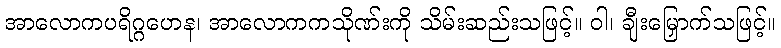
အာလောကပရိဂ္ဂဟေန၊ အာလောကကသိုဏ်းကို သိမ်းဆည်းသဖြင့်။ ဝါ၊ ချီးမြှောက်သဖြင့်။